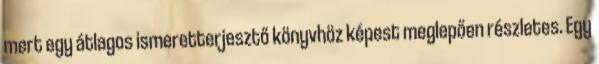
mert egy átlagos ismeretterjesztő könyvhöz képest meglepően részletes. Egy